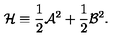
{ \cal H } \equiv { \frac { 1 } { 2 } } { \cal A } ^ { 2 } + { \frac { 1 } { 2 } } { \cal B } ^ { 2 } .